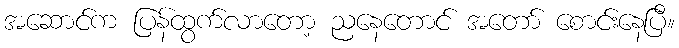
အဆောင်က ပြန်ထွက်လာတော့ ညနေတောင် အတော် စောင်းနေပြီ။